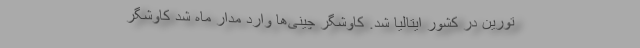
تورین در کشور ایتالیا شد. کاوشگر چینی‌ها وارد مدار ماه شد کاوشگر